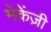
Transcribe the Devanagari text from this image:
मेकेंज़ी